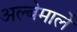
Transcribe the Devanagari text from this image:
अल्बेमार्ले